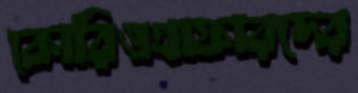
কোরিওগ্রাফারদের